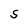
Character: S